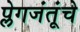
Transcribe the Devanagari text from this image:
प्लेगजंतूंचे